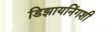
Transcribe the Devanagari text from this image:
डिझायनिंगशी